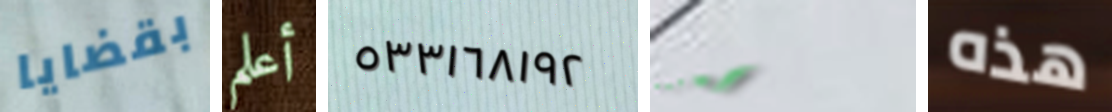
بقضايا أعلم ٥٣٣١٦٨١٩٢ إحترسوا هذه